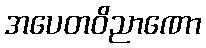
အပေတဝိညာဏော